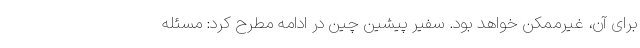
برای آن، غیرممکن خواهد بود. سفیر پیشین چین در ادامه مطرح کرد: مسئله